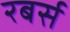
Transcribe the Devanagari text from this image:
रबर्स